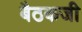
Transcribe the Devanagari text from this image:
बैठकजी